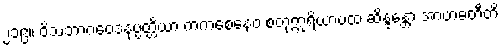
၂၁၉။ ဝိသဘာဂဝေဒနုပ္ပတ္တိယာ ကကစေနေဝ စတုဣရိယာပထံ ဆိန္ဒန္တော အာဗာဓတီတိ